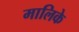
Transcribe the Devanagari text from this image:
मालिके